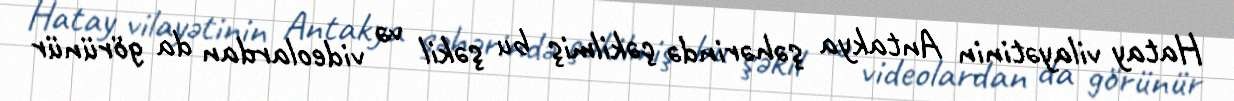
Hatay vilayətinin Antakya şəhərində çəkilmiş bu şəkil və videolardan da görünür